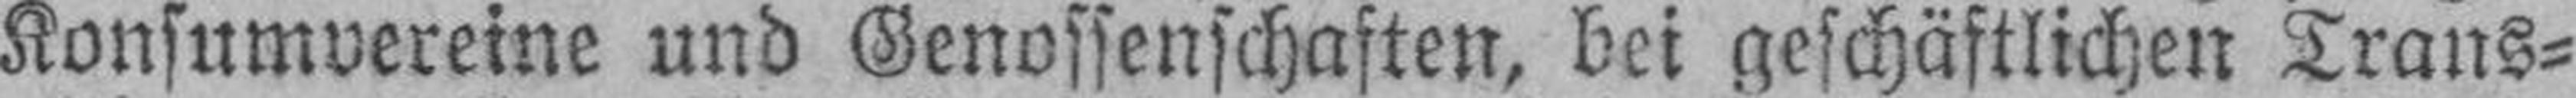
Konsumvereine und Genossenschaften, bei geschäftlichen Trans¬